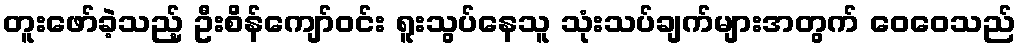
တူးဖော်ခဲ့သည့် ဦးစိန်ကျော်ဝင်း ရူးသွပ်နေသူ သုံးသပ်ချက်များအတွက် ဝေဝေသည်